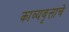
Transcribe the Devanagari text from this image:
काव्यवृत्ताचे